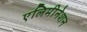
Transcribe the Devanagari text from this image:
एलिमीनेशन